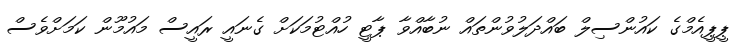
ޕީޕީއެމްގެ ކައުންސިލް ބައްދަލުވުންތައް ނުބާއްވާ ޕާޓީ ހުއްޓުމަކަށް ގެނައީ ރައީސް މައުމޫން ކަމަށްވެސް